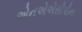
એનએએસીપીના